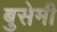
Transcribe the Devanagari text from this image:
बुसेमी